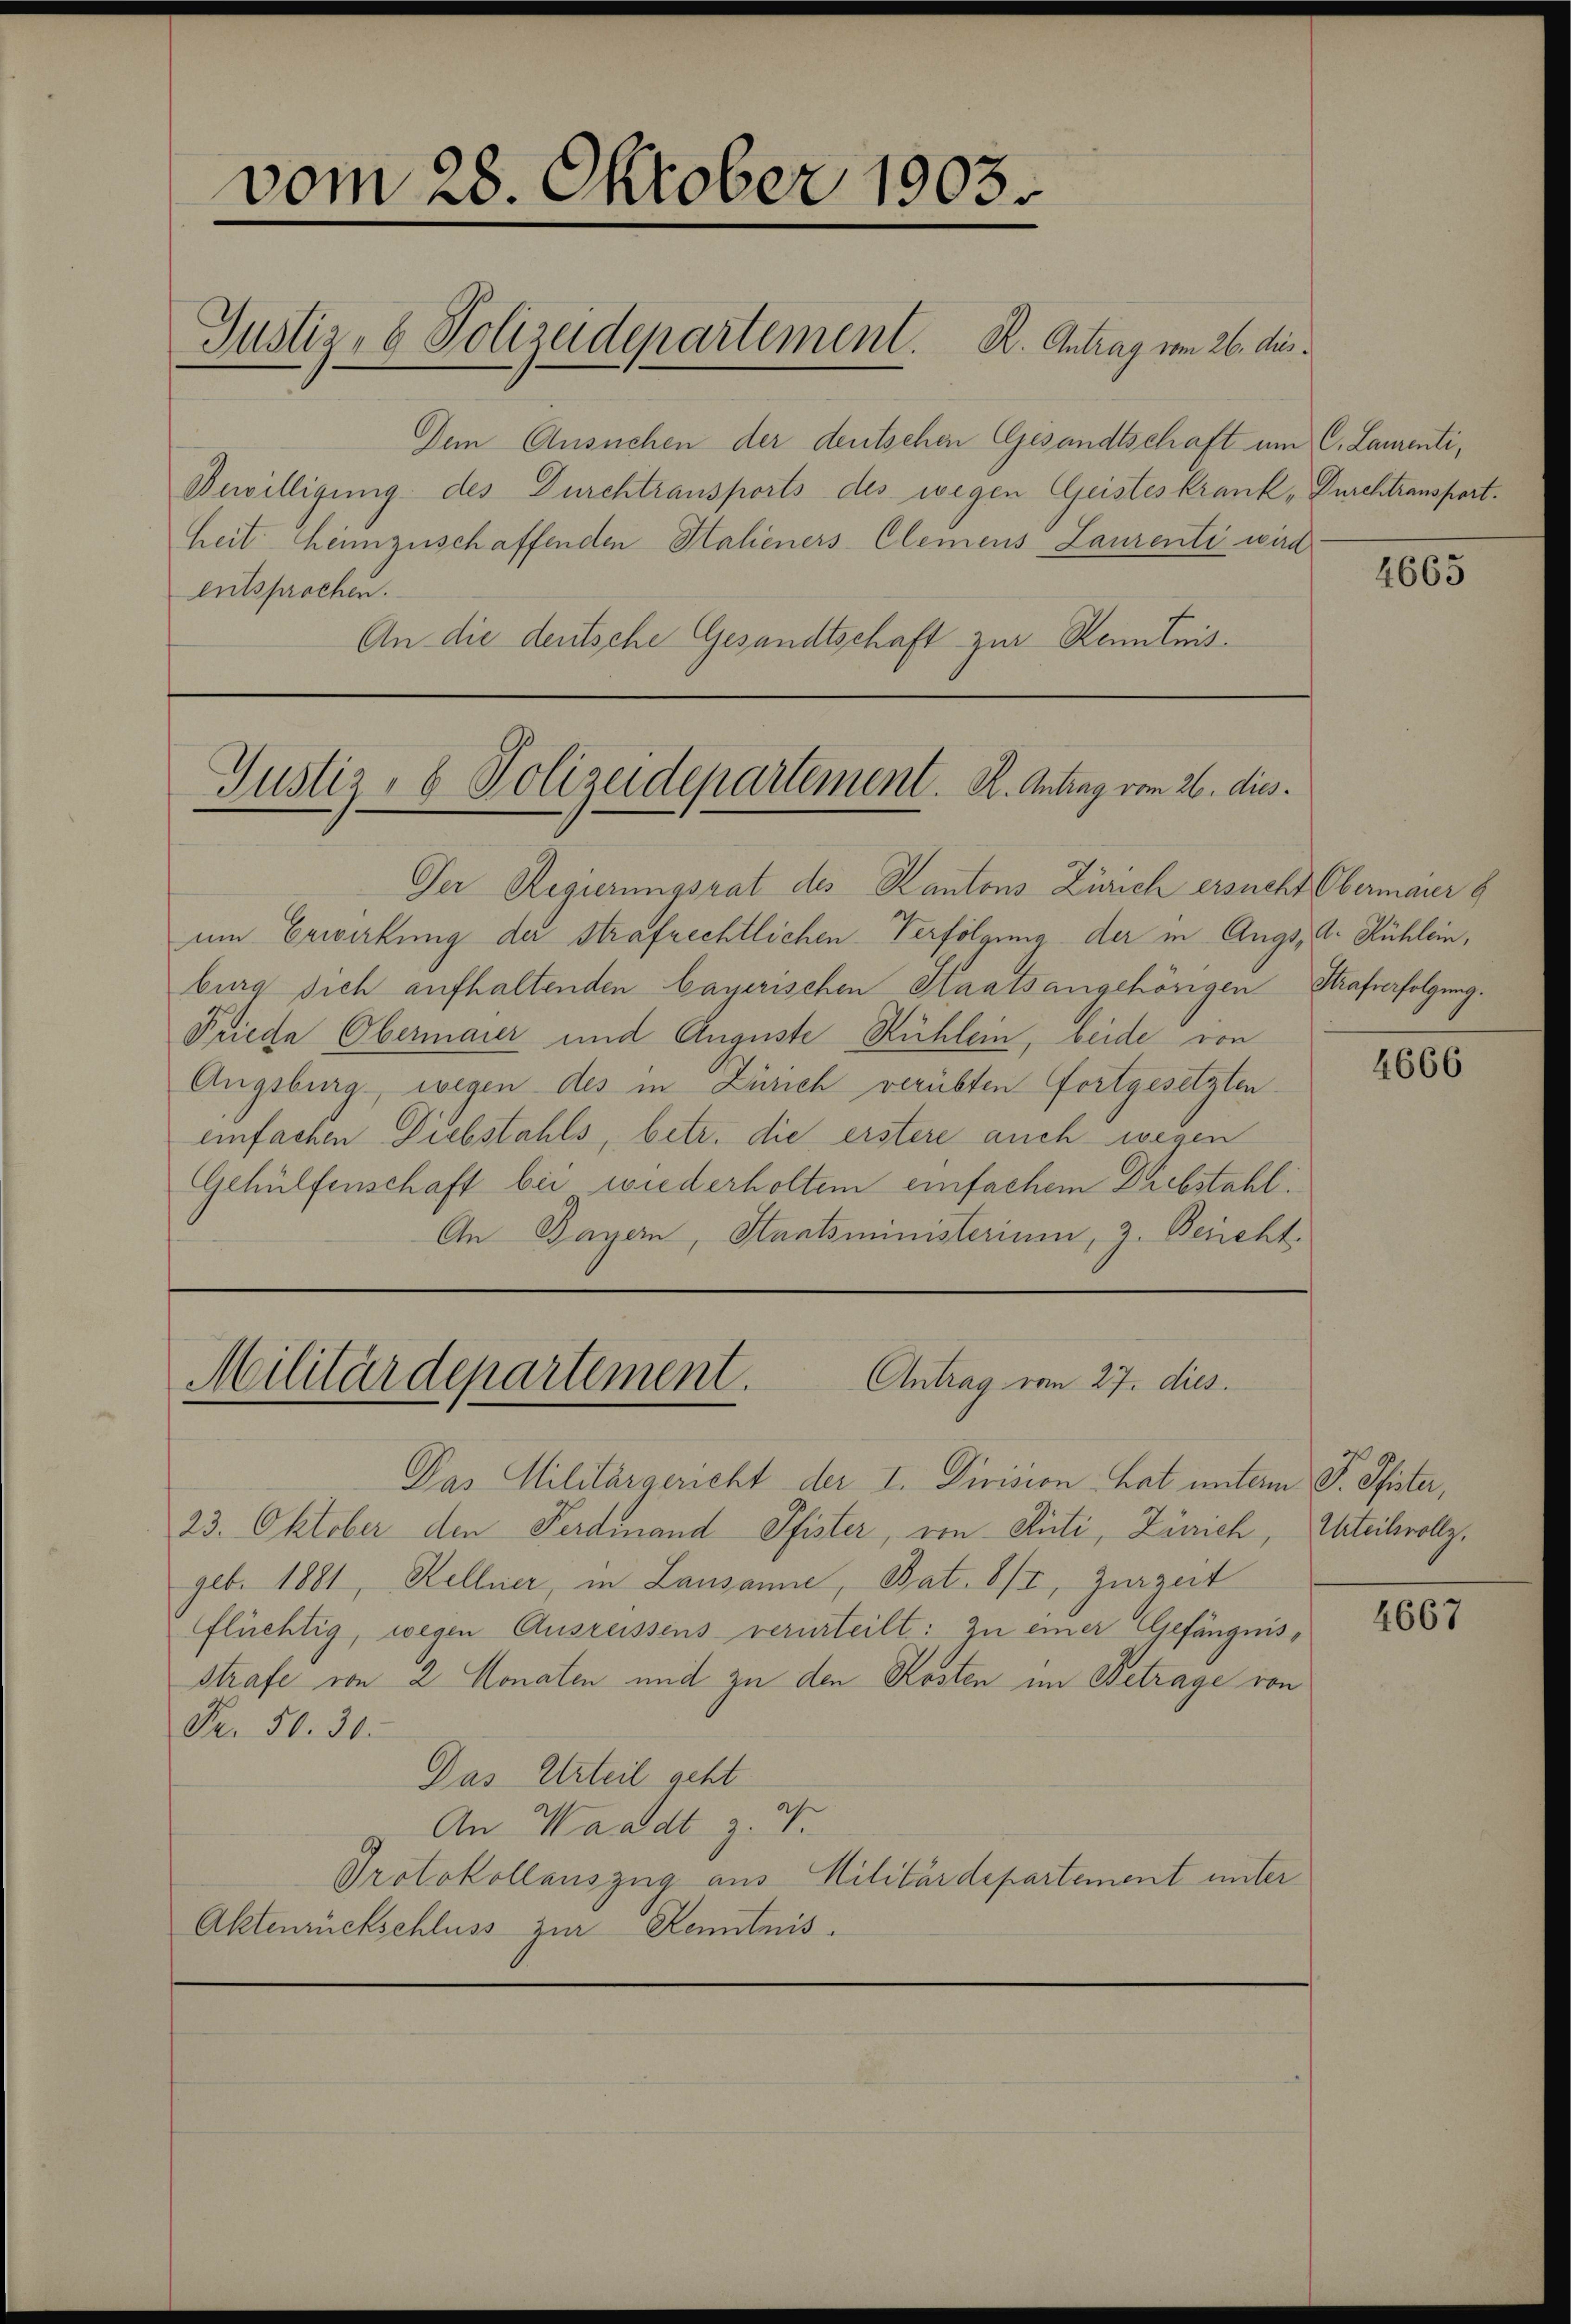
vom 28. Oktober 1903.
Justiz- & Polizeidepartement. B. Antrag vom 26. dus.
Dem Ansuchen der deutschen Gesandtschaft um C. Laurenti¬

Bewilligung des Durchtransports des wegen Geisteskrank, Durchtransport.
heit heimzuschaffenden Halieners Clemens Laurenti wird
entsprochen.
An die deutsche Gesandtschaft zur Kenntnis¬

Justiz- & Polizeidepartement. K. Antrag vom 26. dies

Der Regierungsrat des Kantons Zürich ersucht Obermaier g
um Erwirkung der Strafrechtlichen Verfolgung der in Augs, A. Kühlein,
burg sich aufhaltenden bayerischen Staatsangehörigen Strafverfolgung.
Priese Obermaier und Auguste Rühlein, beide von
Augsburg, wegen des in Zürich verübten Fortgesetzten
einfachen Diebstahls, betr. die erstere auch wegen
Gehülfenschaft bei wiederholten einfachen Diebstahl
An Bayern, Staatsministerium, z. Bericht.

Militärdepartement.
Antrag vom 27. dies

Das Militärgericht der I. Division hat unterm P. Pfister,
23. Oktober den Ferdinand Pfister, von Rüti, Zürich, Urteilvollz
geb. 1881, Kellner, in Lausanne, Bat. 8/I, Zurzeit
flüchtig, wegen Ausreissens verurteilt: zu einer Gefängnisstrafe von 2 Monaten und zu den Kosten im Betrage von
Fr. 50. 30.
Das Urteil geht
An Waadt z. B.
Protokollauszug aus Militärdepartement unter
Aktenrückschluss zur Kenntnis.

4665

4666

4667